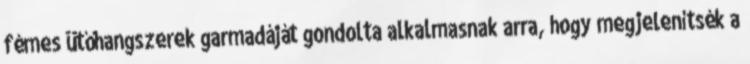
fémes ütőhangszerek garmadáját gondolta alkalmasnak arra, hogy megjelenítsék a